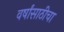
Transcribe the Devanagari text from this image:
वर्षांसाठीचा